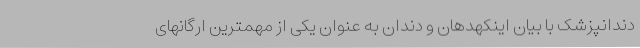
دندانپزشک با بیان اینکهدهان و دندان به عنوان یکی از مهمترین ارگانهای